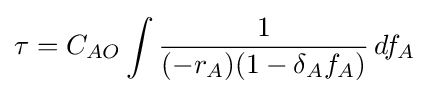
\tau =C_{AO}\int {\frac {1}{(-r_{A})(1-\delta _{A}f_{A})}}\,df_{A}